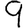
Digit: 9